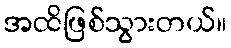
အထိဖြစ်သွားတယ်။